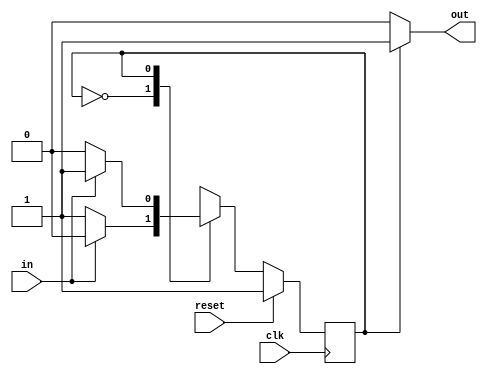
module top_module(clk, reset, in, out);
//     input clk;
//     input reset;    // Synchronous reset to state B
//     input in;
//     output out;//  
//     reg out;

//     // Fill in state name declarations
//     parameter A = 1'b0, B = 1'b1;
//     reg present_state, next_state;

//     always @(posedge clk) begin
//         if (reset) begin  
//             next_state<=B;
//         end else begin
//             case (present_state)
//                 // Fill in state transition logic
//                 A:next_state=(in==1)?A:B;
//                 B:next_state=(in==1)?B:A;
//             endcase

//             // State flip-flops
//             present_state = next_state;   

//             case (present_state)
//                 // Fill in output logic
//                 A:out=1'b0;
//                 B:out=1'b1;
//             endcase
//         end
//     end

// endmodule
module top_module(clk, reset, in, out);
    input clk;
    input reset;
    input in;
    output reg out;

    parameter A = 1'b0, B=1'b1;

    reg currSt,nextSt;

    assign out=currSt==A?1'b0:1'b1;

    always@(*) begin
        case(currSt)
            A:nextSt=in?A:B;
            B:nextSt=in?B:A;
        endcase
    end

    always @(posedge clk) begin
        currSt<=B;
        if(reset)
            currSt<=B;
        else
            currSt<=nextSt;
    end
endmodule